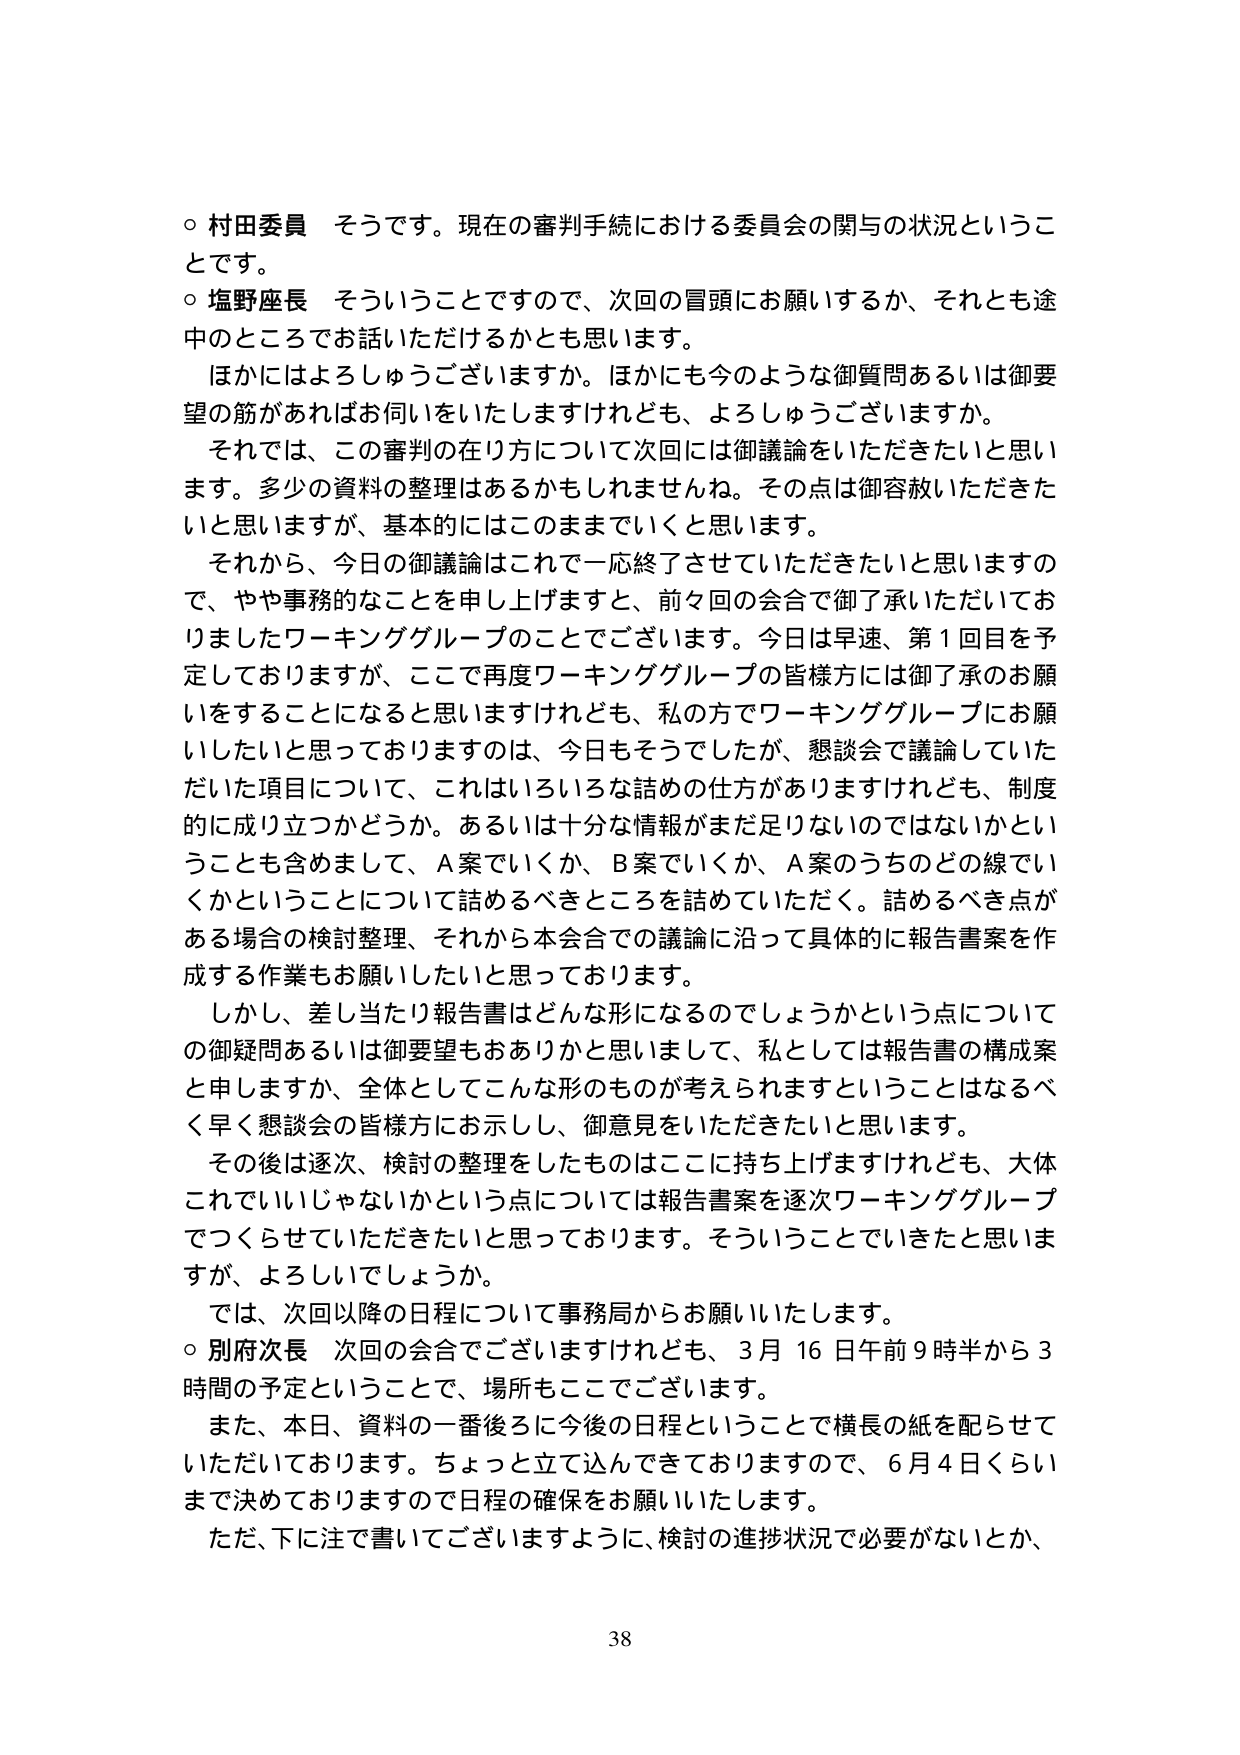
○ 村田委員 そうです。現在の審判手続における委員会の関与の状況ということです。

○ 塩野座長 そういうことですので、次回の冒頭にお願いするか、それとも途中のところでお話いただけるかとも思います。

ほかにはよろしうございますか。ほかにも今のような御質問あるいは御要望の筋があればお伺いをいたしますけれども、よろしうございますか。

それでは、この審判の在り方について次回には御議論をいただきたいと思います。多少の資料の整理はあるかもしれませんね。その点は御容赦いただきたいと思いますが、基本的にはこのまましていくと思います。

それから、今日の御議論はこれで一応終了させていただきたいと思いますので、やや事務的なことを申し上げますと、前々回の会合で御了承いただいておりましたワーキンググループのことでございます。今日は早速、第1回目を予定しておりますが、ここで再度ワーキンググループの皆様方には御了承のお願いをすることになると思いますけれども、私の方でワーキンググループにお願いしたいと思っておりますのは、今日もそうでしたが、懇談会で議論していただいた項目について、これはいろいろな詰めの仕方がありますけれども、制度的に成り立つかどうか。あるいは十分な情報がまだ足りないのではないかということも含めまして、A案でいくか、B案でいくか、A案のうちどの線でいくかということについて詰めるべきところを詰めていただく。詰めるべき点がある場合の検討整理、それから本会合での議論に沿って具体的に報告書案を作成する作業もお願いしたいと思っております。

しかし、差し当たり報告書はどんな形になるのでしょうかという点についての御疑問あるいは御要望もおありかと思いまして、私としては報告書の構成案と申しますか、全体としてこんな形のものが考えられますということはなるべく早く懇談会の皆様方にお示しし、御意見をいただきたいと思います。

その後は逐次、検討の整理をしたものはここに持ち上げますけれども、大体これでいいじゃないかという点については報告書案を逐次ワーキンググループでつくらせていただきたいと思っております。そういうことしてきたと思いますが、よろしいでしょうか。

では、次回以降の日程について事務局からお願いいたします。

○ 別府次長 次回の会合でございますけれども、3月16日午前9時半から3時間の予定ということで、場所もここでございます。

また、本日、資料の一番後ろに今後の日程ということで横長の紙を配らせていただいております。ちょっと立て込んできておりますので、6月4日くらいまで決めておりますので日程の確保をお願いいたします。

ただ、下に注で書いてございますように、検討の進捗状況で必要がないとか、

38